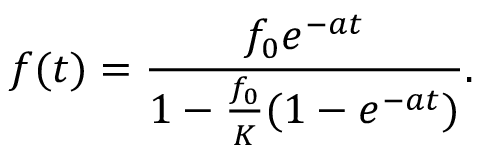
f ( t ) = \frac { f _ { 0 } e ^ { - a t } } { 1 - \frac { f _ { 0 } } { K } ( 1 - e ^ { - a t } ) } .